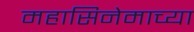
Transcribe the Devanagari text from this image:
महासिनेमाच्या